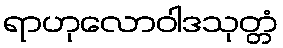
ရာဟုလောဝါဒသုတ္တံ